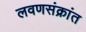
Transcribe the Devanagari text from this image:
लवणसंक्रांत